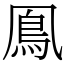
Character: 鳯